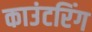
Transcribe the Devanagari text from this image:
काउंटरिंग